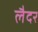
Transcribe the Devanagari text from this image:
लैदर